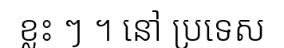
ខ្លះ ៗ ។ នៅ ប្រទេស